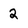
Character: 2